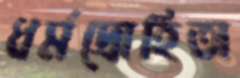
ধর্মদ্রোহিতা